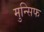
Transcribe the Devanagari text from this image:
मुन्सिफ